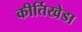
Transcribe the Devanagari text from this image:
कीर्तिखेडा